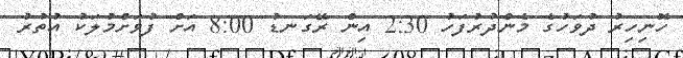
ހޮނިހިރު ދުވަހުގެ މެންދުރުފަހު 2:30 އިން ރޭގަނޑު 8:00 އަށް ފުވަށްމުލަކު އުތުރު